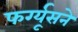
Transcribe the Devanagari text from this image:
फर्ग्यूसने